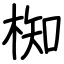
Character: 椥